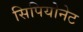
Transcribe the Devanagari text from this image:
सिपियोनेट